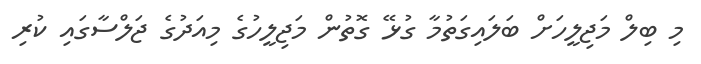
މި ބިލް މަޖިލީހަށް ބަލައިގަތުމާ ގުޅޭ ގޮތުން މަޖިލީހުގެ މިއަދުގެ ޖަލްސާގައި ކުރި